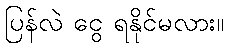
ပြန်လဲ ငွေ ရနိုင်မလား။